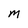
Character: m